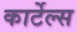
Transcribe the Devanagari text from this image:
कार्टेल्स